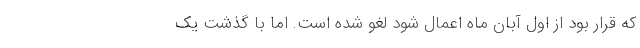
که قرار بود از اول آبان ماه اعمال شود لغو شده است. اما با گذشت یک